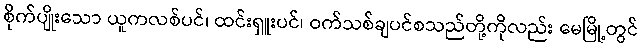
စိုက်ပျိုးသော ယူကလစ်ပင်၊ ထင်းရှူးပင်၊ ဝက်သစ်ချပင်စသည်တို့ကိုလည်း မေမြို့တွင်